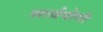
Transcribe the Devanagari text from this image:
सर्व्वयोगी